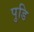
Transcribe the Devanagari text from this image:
पुडि